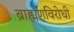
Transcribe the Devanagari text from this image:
ब्राह्मणविरोधी